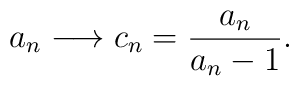
a_{n} \longrightarrow c_{n}=\frac{a_{n}}{a_{n}-1}.